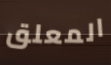
المعلق